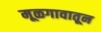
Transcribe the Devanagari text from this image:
मूळगावातून